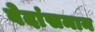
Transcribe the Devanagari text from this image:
वेदांसमान